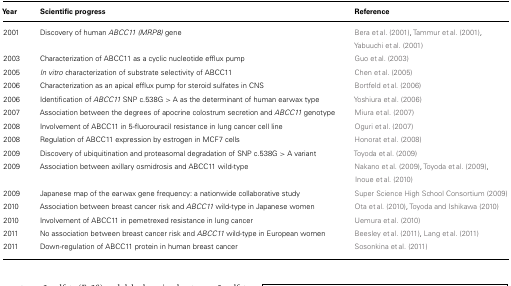
| Year | Scientific progress | Reference |
 | --- | --- | --- |
 | 2001 | Discovery of human ABCC11 (MRP8) gene | Bera et al. (2001), Tammur et al. (2001),Yabuuchi et al. (2001) |
 | 2003 | Characterization of ABCC11 as a cyclic nucleotide efflux pump | Guo et al. (2003) |
 | 2005 | In vitro characterization of substrate selectivity of ABCC11 | Chen et al. (2005) |
 | 2006 | Characterization as an apical efflux pump for steroid sulfates in CNS | Bortfeld et al. (2006) |
 | 2006 | Identification of ABCC11 SNP c.538G > A as the determinant of human earwax type | Yoshiura et al. (2006) |
 | 2007 | Association between the degrees of apocrine colostrum secretion and ABCC11 genotype | Miura et al. (2007) |
 | 2008 | Involvement of ABCC11 in 5-fluorouracil resistance in lung cancer cell line | Oguri et al. (2007) |
 | 2008 | Regulation of ABCC11 expression by estrogen in MCF7 cells | Honorat et al. (2008) |
 | 2009 | Discovery of ubiquitination and proteasomal degradation of SNP c.538G > A variant | Toyoda et al. (2009) |
 | 2009 | Association between axillary osmidrosis and ABCC11 wild-type | Nakano et al. (2009), Toyoda et al. (2009),Inoue et al. (2010) |
 | 2009 | Japanese map of the earwax gene frequency: a nationwide collaborative study | Super Science High School Consortium (2009) |
 | 2010 | Association between breast cancer risk and ABCC11 wild-type in Japanese women | Ota et al. (2010), Toyoda and Ishikawa (2010) |
 | 2010 | Involvement of ABCC11 in pemetrexed resistance in lung cancer | Uemura et al. (2010) |
 | 2011 | No association between breast cancer risk and ABCC11 wild-type in European women | Beesley et al. (2011), Lang et al. (2011) |
 | 2011 | Down-regulation of ABCC11 protein in human breast cancer | Sosonkina et al. (2011) |